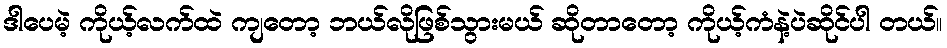
ဒါပေမဲ့ ကိုယ့်လက်ထဲ ကျတော့ ဘယ်လိုဖြစ်သွားမယ် ဆိုတာတော့ ကိုယ့်ကံနဲ့ပဲဆိုင်ပါ တယ်။